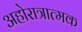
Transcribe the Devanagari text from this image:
अहोरात्रात्मक